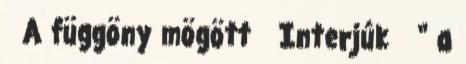
A függöny mögött Interjúk “ a